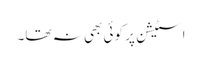
اسٹیشن پر کوئی بھی نہ تھا۔